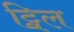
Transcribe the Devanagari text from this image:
ट्विल